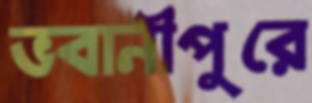
ভবানীপুরে